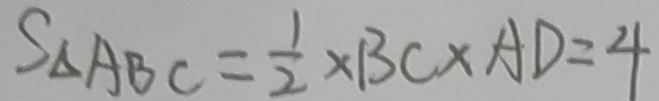
S _ { \Delta A B C } = \frac { 1 } { 2 } \times B C \times A D = 4